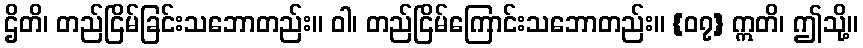
ဌိတိ၊ တည်ငြိမ်ခြင်းသဘောတည်း။ ဝါ၊ တည်ငြိမ်ကြောင်းသဘောတည်း။ {၀၇} ဣတိ၊ ဤသို့။